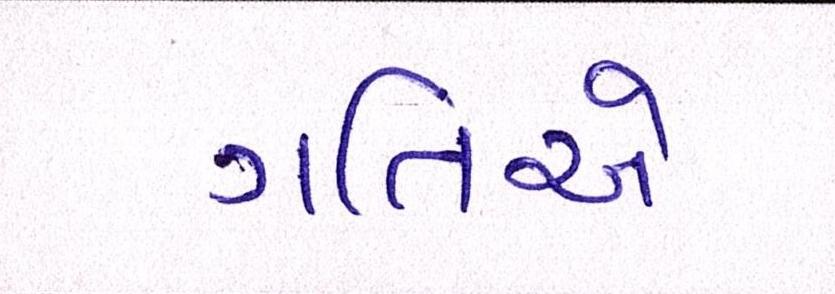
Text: ગતિએ